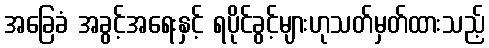
အခြေခံ အခွင့်အရေးနှင့် ရပိုင်ခွင့်များဟုသတ်မှတ်ထားသည့်